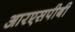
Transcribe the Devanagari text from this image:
आरएसपीबी